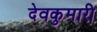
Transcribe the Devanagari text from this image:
देवकुमारी